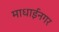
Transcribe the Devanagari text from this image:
माधाईनगर